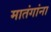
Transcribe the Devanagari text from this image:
मातंगांना